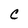
Character: C